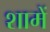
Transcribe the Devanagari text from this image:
शामें